Document type: Sale
Year: 1461
Scribe: [Unknown]
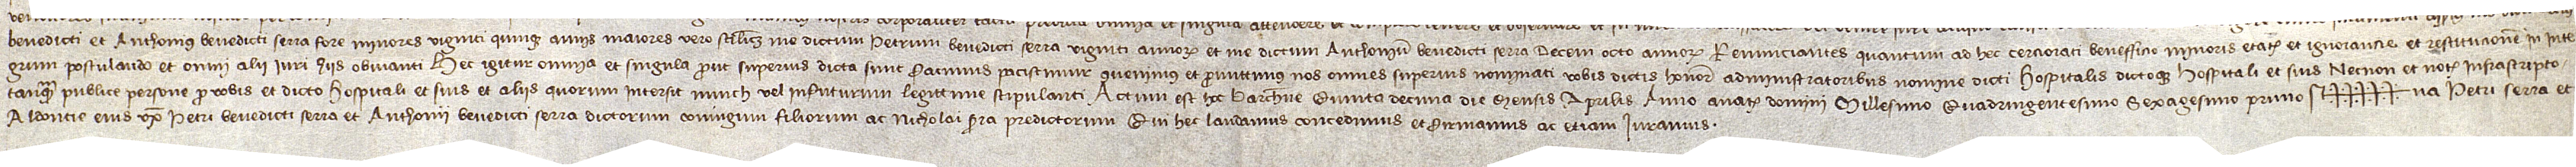
Benedicti et Anthonius Benedicti Serra fore minores viginti quinque annis, maiores vero scilicet me, dictum Petrum Benedicti Serra, viginti annorum, et me, dictum Anthonium Benedicti Serra, decem octo annorum. Renunciantes quantum ad hec cerciorati benefficio minoris etatis, et ignorancie, et restitucionem in inte-